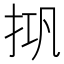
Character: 𰓘